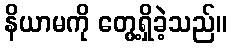
နိယာမကို တွေ့ရှိခဲ့သည်။